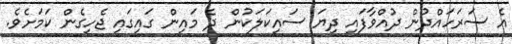
އެ ސަރަހައްދުން ދުއްވާފައި ދިޔަ ސައިކަލަކުން ދެ މައިން ގައިގައި ޖެހިގެން ކަމަށެވެ.